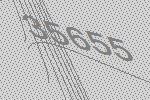
35655